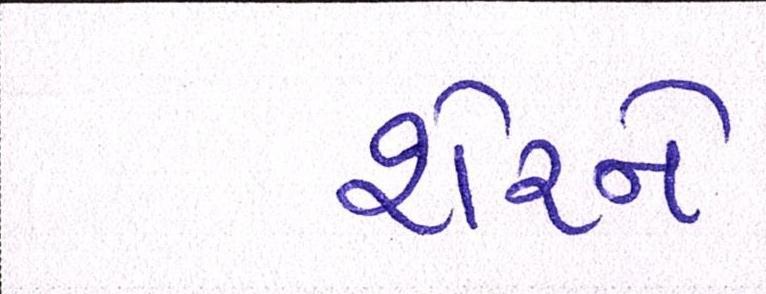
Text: શેરને